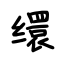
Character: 缳